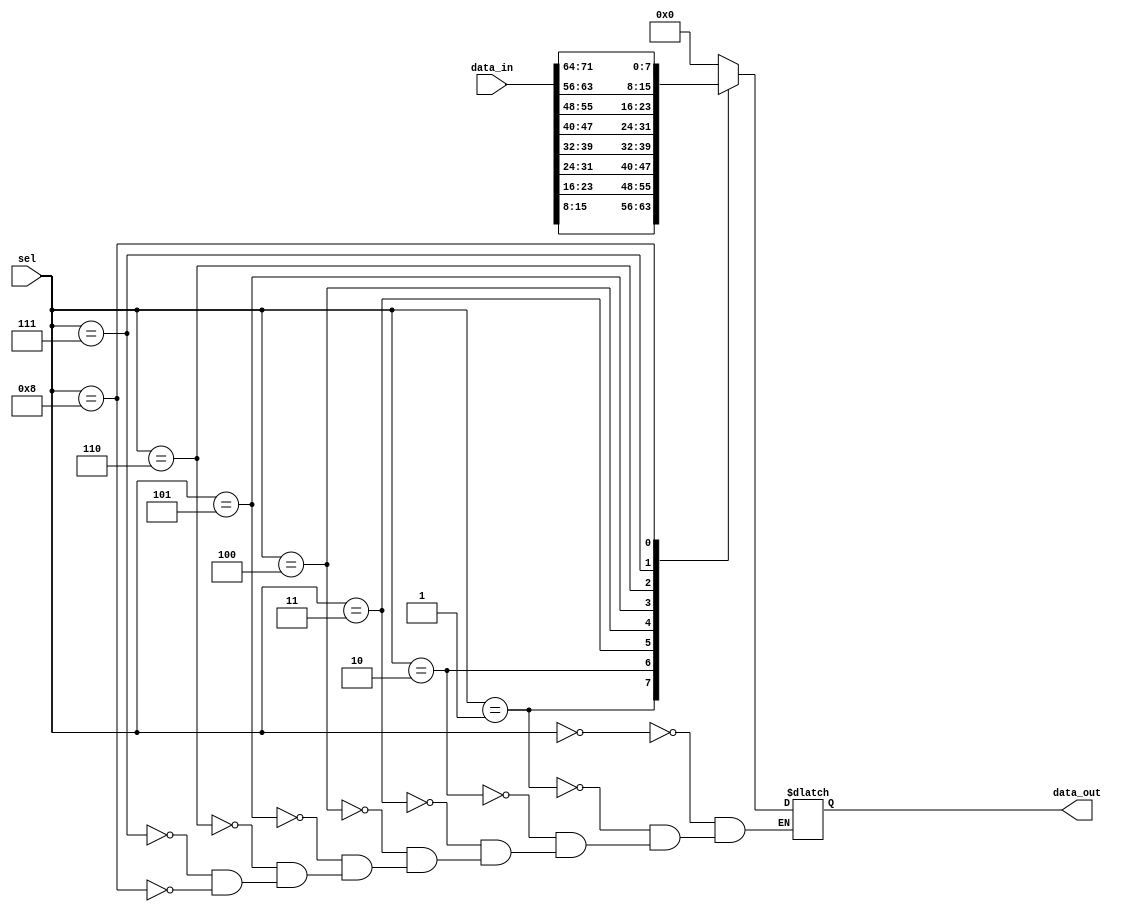
module demux8_8b (input [71:0] data_in, input [3:0] sel, output reg [7:0] data_out);

	always @ (data_in) begin
		case(sel)
			4'd0 : data_out = 8'd0;
			4'd1 : data_out = data_in[15:8];
			4'd2 : data_out = data_in[23:16];
			4'd3 : data_out = data_in[31:24];
			4'd4 : data_out = data_in[39:32];
			4'd5 : data_out = data_in[47:40];
			4'd6 : data_out = data_in[55:48];
			4'd7 : data_out = data_in[63:56];
			4'd8 : data_out = data_in[71:64];
		endcase
	end

endmodule